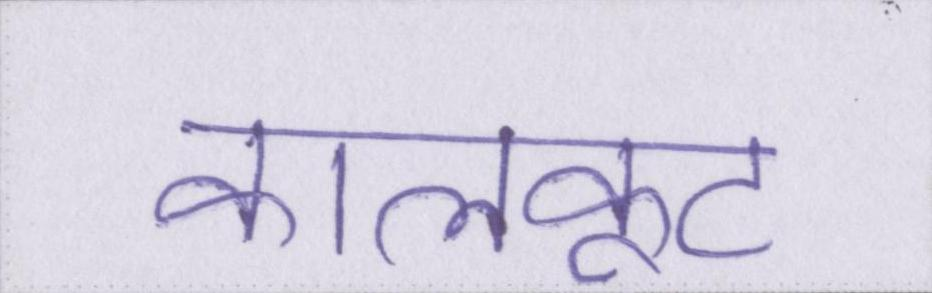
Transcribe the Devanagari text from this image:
कालकूट